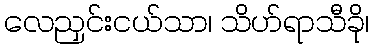
လေညှင်းငယ်သာ၊ သိဟ်ရာသီခို၊